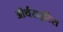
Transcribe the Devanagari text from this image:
ऑर्थराइटिस